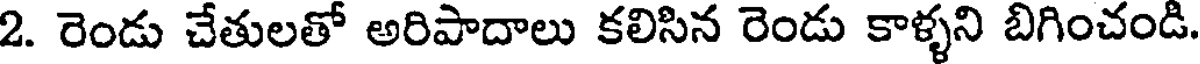
2. రెండు చేతులతో అరిపాదాలు కలిసిన రెండు కాళ్ళని బిగించండి